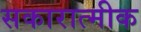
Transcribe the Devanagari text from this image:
सकारात्मीक